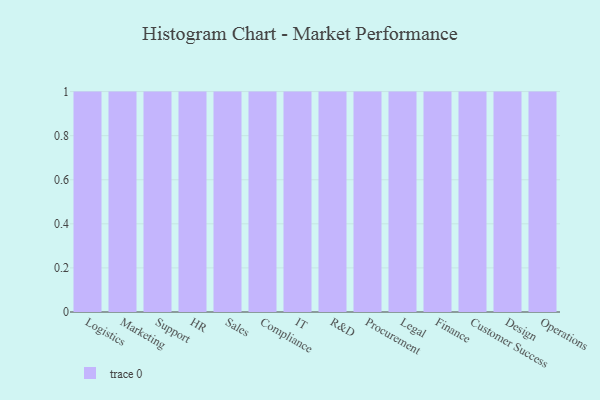
{"axis": {"x": "Department", "y": "Demand Index"}, "legend": [""], "data": [{"x": "Logistics", "y": 15, "type": ""}, {"x": "Marketing", "y": 83, "type": ""}, {"x": "Support", "y": 99, "type": ""}, {"x": "HR", "y": 74, "type": ""}, {"x": "Sales", "y": 51, "type": ""}, {"x": "Compliance", "y": 1, "type": ""}, {"x": "IT", "y": 56, "type": ""}, {"x": "R&D", "y": 27, "type": ""}, {"x": "Procurement", "y": 25, "type": ""}, {"x": "Legal", "y": 55, "type": ""}, {"x": "Finance", "y": 36, "type": ""}, {"x": "Customer Success", "y": 65, "type": ""}, {"x": "Design", "y": 43, "type": ""}, {"x": "Operations", "y": 24, "type": ""}]}